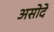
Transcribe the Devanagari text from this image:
असोदे